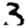
Digit: 3